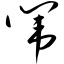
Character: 闱